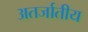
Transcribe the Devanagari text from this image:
अतर्जातीय